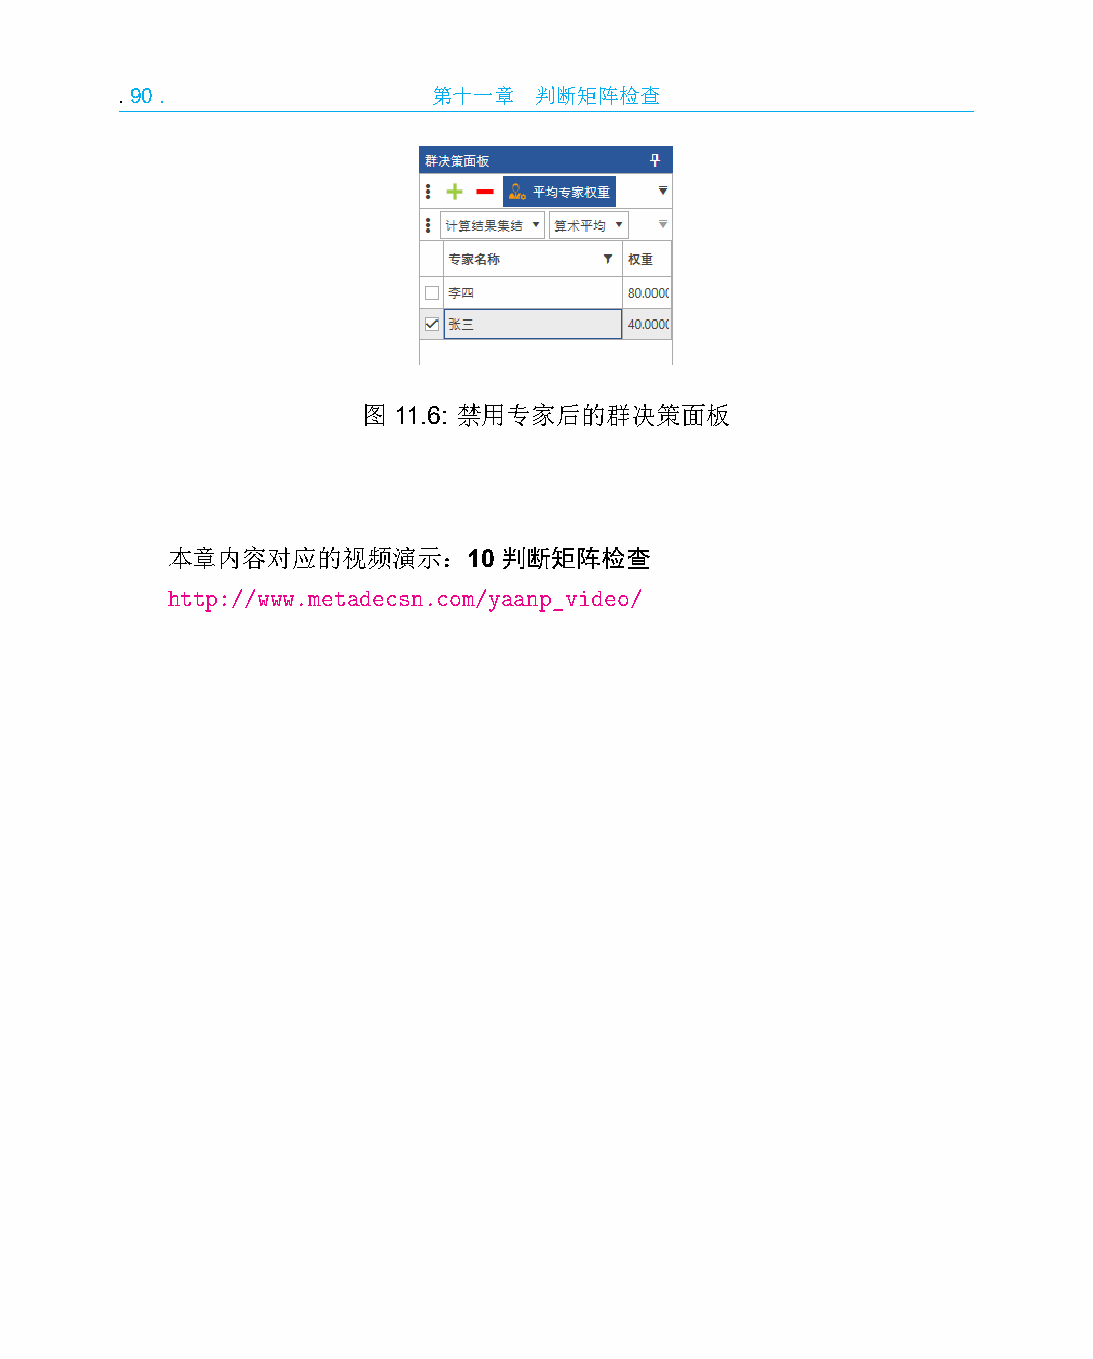
.90.                 第十一章  判断矩阵检查
 图 11.6: 禁用专家后的群决策面板
 本章内容对应的视频演示：10        判断矩阵检查
 http://www.metadecsn.com/yaanp_video/